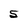
Character: 5